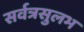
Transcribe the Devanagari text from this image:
सर्वत्रसुलभ